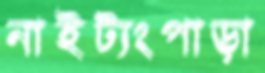
নাইট্যংপাড়া